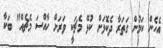
އެހެން ކަމުން ގަތަރާ ދެކޮޅަށް ކުޅޭ މެޗަކީ ވަރަށް ހާއްސަ މެޗެއް" ބަކާ